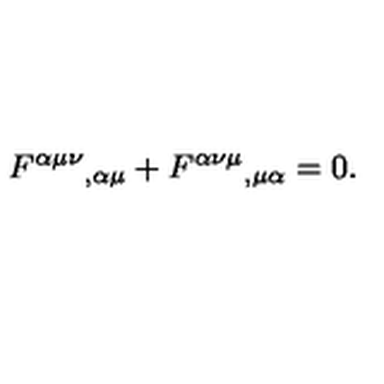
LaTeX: F ^ { \alpha \mu \nu } { } _ { , \alpha \mu } + F ^ { \alpha \nu \mu } { } _ { , \mu \alpha } = 0 .